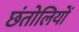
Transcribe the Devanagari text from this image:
छंतोलियों